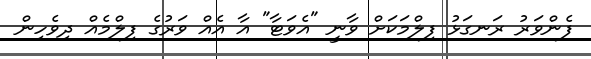
ފެންވަރު ރަނގަޅު ފިލްމަކަށް ވާނީ "އެވަޓާ" އާ އެއް ވަރުގެ ފިލްމެއް ދިވެހިން